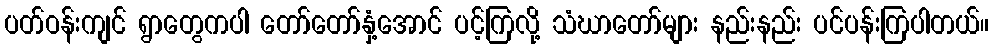
ပတ်ဝန်းကျင် ရွာတွေကပါ တော်တော်နှံ့အောင် ပင့်ကြလို့ သံဃာတော်များ နည်းနည်း ပင်ပန်းကြပါတယ်။